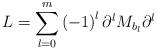
LaTeX: \begin{align*}L=\sum_{l=0}^{m}\left( -1\right) ^{l}\partial^{l}M_{b_{l}}\partial^{l}\end{align*}